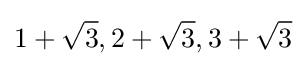
1+{\sqrt {3}},2+{\sqrt {3}},3+{\sqrt {3}}